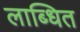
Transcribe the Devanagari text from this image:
लाब्धित